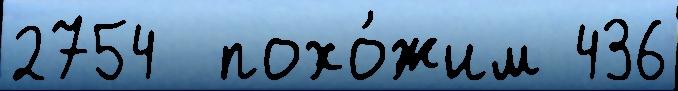
2754  похо́жим 436